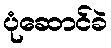
ပုံဆောင်ခဲ